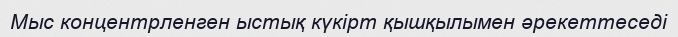
Мыс концентрленген ыстық күкірт қышқылымен әрекеттеседі